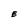
Character: E